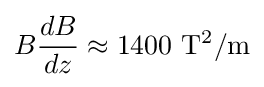
B{\frac {dB}{dz}}\approx 1400\ \mathrm {T^{2}/m}